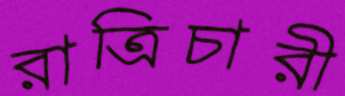
রাত্রিচারী